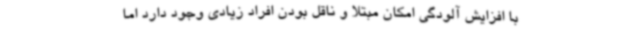
با افزایش آلودگی امکان مبتلا و ناقل بودن افراد زیادی وجود دارد اما